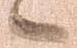
候